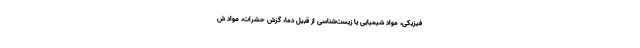
فیزیکی، مواد شیمیایی یا زیست‌شناسی از قبیل دما، گزش حشرات، مواد ش